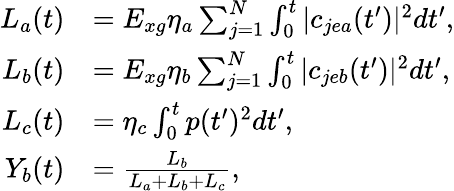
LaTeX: \begin{array}{rl}{L_{a}(t)}&{=E_{xg}\eta_{a}\sum_{j=1}^{N}\int_{0}^{t}|c_{jea}(t^{\prime})|^{2}dt^{\prime},}\\ {L_{b}(t)}&{=E_{xg}\eta_{b}\sum_{j=1}^{N}\int_{0}^{t}|c_{jeb}(t^{\prime})|^{2}dt^{\prime},}\\ {L_{c}(t)}&{=\eta_{c}\int_{0}^{t}p(t^{\prime})^{2}dt^{\prime},}\\ {Y_{b}(t)}&{=\frac{L_{b}}{L_{a}+L_{b}+L_{c}},}\end{array}